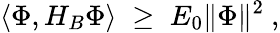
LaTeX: \langle\Phi,H_{B}\Phi\rangle\; \geq\; E_{0}\Vert\Phi\Vert^{2}\ ,